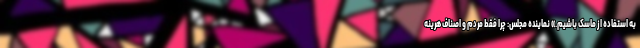
به استفاده از ماسک باشیم.» نماینده مجلس: چرا فقط مردم و اصناف هرینه